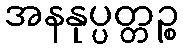
အနနုပ္ပတ္တဉ္စ